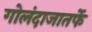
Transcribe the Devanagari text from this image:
गोलंदाजातर्फे